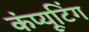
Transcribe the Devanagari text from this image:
कंप्‍यूटिंग